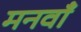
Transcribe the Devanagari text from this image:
मनवाँ